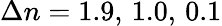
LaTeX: \Delta n=1.9,\, 1.0,\, 0.1